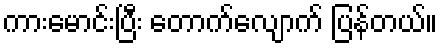
ကားမောင်းပြီး တောက်လျောက် ပြန်တယ်။